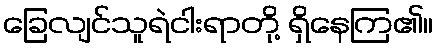
ခြေလျင်သူရဲငါးရာတို့ ရှိနေကြ၏။